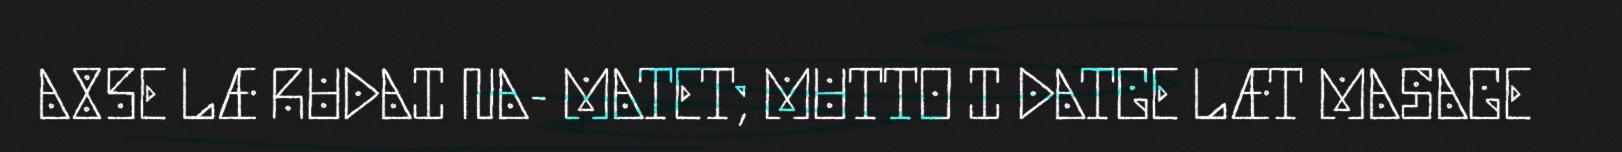
A85E LÆ RUDAI NA- MATET; MUTTO I DATGE LÆT MASAGE